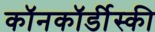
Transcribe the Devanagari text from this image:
कॉनकॉर्डीस्की